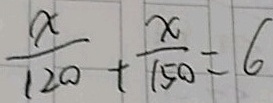
\frac { x } { 1 2 0 } + \frac { x } { 1 5 0 } = 6